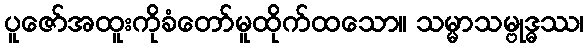
ပူဇော်အထူးကိုခံတော်မူထိုက်ထသော။ သမ္မာသမ္ဗုဒ္ဓဿ၊